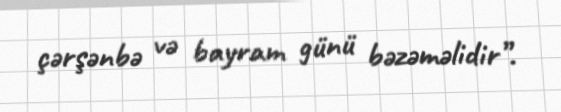
çərşənbə və bayram günü bəzəməlidir”.